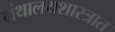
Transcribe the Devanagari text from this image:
ग्रंथालयशास्त्रात